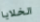
الخلايا